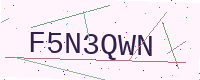
Text: F5N3QWN